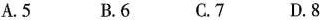
A.5 B.6C.7 D.8